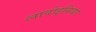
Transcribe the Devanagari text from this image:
लावोइसियर